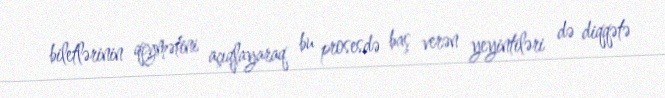
biletlərinin qiymətini açıqlayaraq bu prosesdə baş verən yeyintiləri də diqqətə